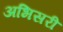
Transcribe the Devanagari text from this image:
अभिसरी